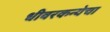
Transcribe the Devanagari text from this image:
धीवरकन्येचा